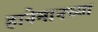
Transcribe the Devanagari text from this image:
हानेमानच्या